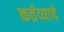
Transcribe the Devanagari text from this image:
कर्तव्याचे